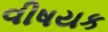
વીષયક